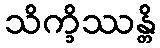
သိက္ခိဿန္တိ